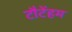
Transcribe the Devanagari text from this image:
टौटेंहम